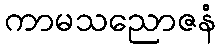
ကာမသညောဇနံ